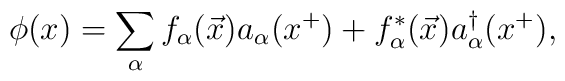
\phi(x)=\sum_{\alpha}f_{\alpha}(\vec{x})a_{\alpha}(x^+)+f^{*}_{\alpha}(\vec{x})a^\dagger_\alpha(x^+),